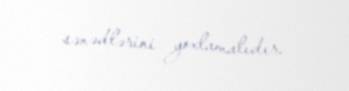
sənədlərini yoxlamalıdır.